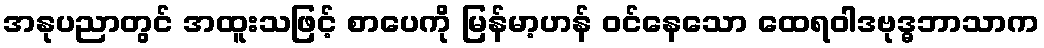
အနုပညာတွင် အထူးသဖြင့် စာပေကို မြန်မာ့ဟန် ဝင်နေသော ထေရဝါဒဗုဒ္ဓဘာသာက